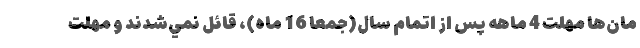
مان‌ها مهلت 4 ماهه پس از اتمام سال(جمعا 16 ماه)، قائل نمي‌شدند و مهلت